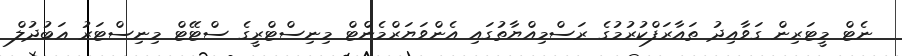
ނެޓް މީޓަރިން ގަވާއިދު ތައާރަފްކުރުމުގެ ރަސްމިއްޔާތުގައި އެންވަޔަރްމެންޓް މިނިސްޓްރީގެ ސްޓޭޓް މިނިސްޓަރު ޢަބުދުލް